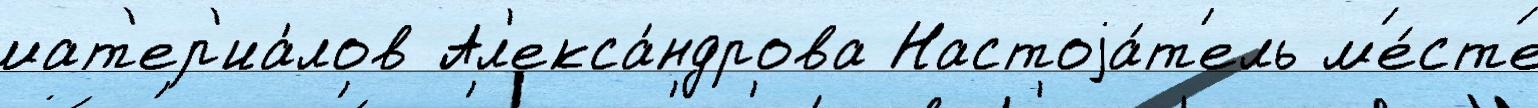
мат'ер'иа́лов Ал'екса́ндрова Настоjа́т'ель м'е́ст'е